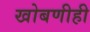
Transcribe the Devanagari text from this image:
खोबणीही